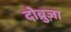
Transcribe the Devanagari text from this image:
दोब्रुज़ा